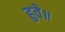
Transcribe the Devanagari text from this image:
हुवे॥